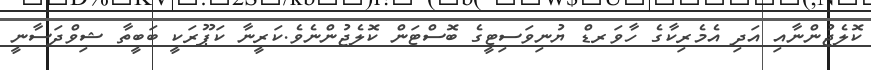
ކޮލެޖުންނާއި އަދި އެމެރިކާގެ ހާވަރޑް ޔުނިވަސިޓީގެ ބޮސްޓަން ކޮލެޖުންނެވެ.ކަރީނާ ކަޕޫރަކީ ބަބީތާ ޝިވްދަސާނީ